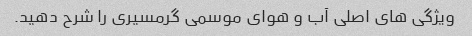
ویژگی های اصلی آب و هوای موسمی گرمسیری را شرح دهید.